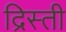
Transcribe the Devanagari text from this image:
द्रिस्ती